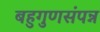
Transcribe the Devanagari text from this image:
बहुगुणसंपन्न